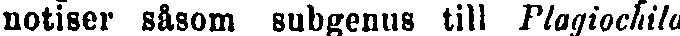
notiser såsom subgenus till Plagiochilo